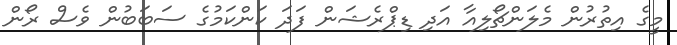
މީގެ އިތުރުން މެލަންޗޯލިއާ އަދި ޑިޕްރެޝަން ފަދަ ކަންކަމުގެ ސަބަބުން ވެސް ރޯން